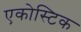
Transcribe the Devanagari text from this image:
एकोस्टिक